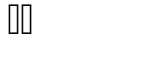
٤٠